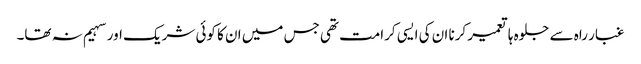
غبار راہ سے جلوہ ہا تعمیر کرنا ان کی ایسی کرامت تھی جس میں ان کا کوئی شریک اور سہیم نہ تھا۔